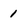
Character: 1